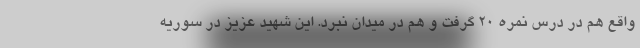
واقع هم در درس نمره 20 گرفت و هم در میدان نبرد. این شهید عزیز در سوریه